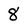
Character: 8